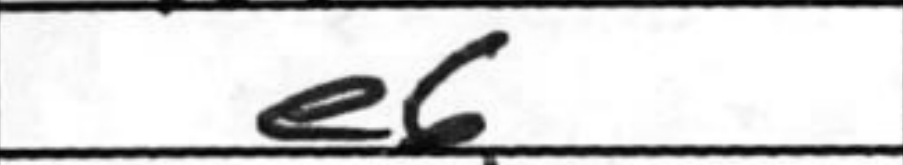
Transcription: e6